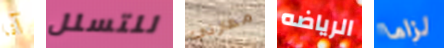
آنا للتسلل مهارتي الرياضه لزاما